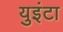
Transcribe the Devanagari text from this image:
युइंटा